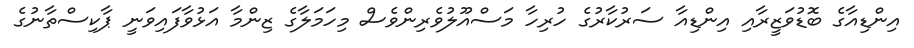
އިންޑިއާގެ ބޮޑުވަޒީރާއި އިންޑިއާ ސަރުކާރުގެ ހުރިހާ މަސްއޫލުވެރިންވެސް މިހަމަލާގެ ޒިންމާ އަޅުވާފައިވަނީ ޕާކިސްތާނުގެ